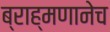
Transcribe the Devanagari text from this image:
ब्राह्मणानेच